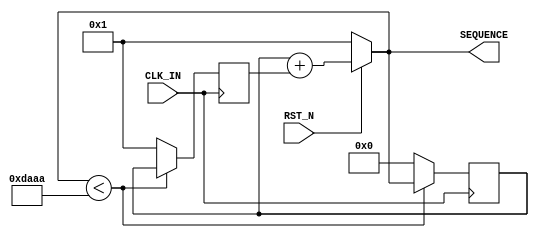
module Fibonacci_Series ( 
    input wire CLK_IN,
    input wire RST_N,
    output wire [15:0] SEQUENCE
    );

    reg [15:0] SEQUENCE_I1,SEQUENCE_I2;

    assign SEQUENCE = RST_N ? (SEQUENCE_I1 + SEQUENCE_I2) : 16'b1;

    always @(posedge CLK_IN) begin 
        if(SEQUENCE < 16'hDAAA) begin 
            SEQUENCE_I2 = SEQUENCE_I1;
            SEQUENCE_I1 = SEQUENCE;
        end 
        else begin 
            SEQUENCE_I2 = 16'b1;
            SEQUENCE_I1 = 16'b0;
        end 
    end 
endmodule